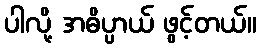
ပါလို့ အဓိပ္ပာယ် ဖွင့်တယ်။